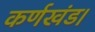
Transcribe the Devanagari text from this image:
कर्णखंड।